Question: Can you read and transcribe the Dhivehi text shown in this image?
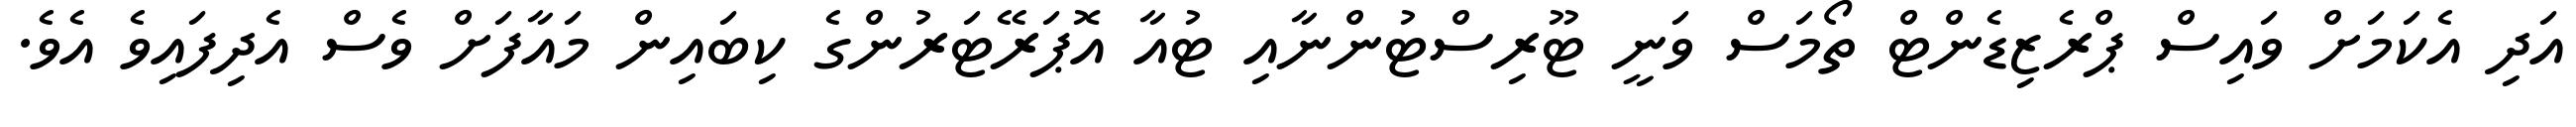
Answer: އަދި އެކަމަށް ވައިސް ޕްރެޒިޑެންޓް ތޯމަސް ވަނީ ޓޫރިސްޓުންނާއި ޓުއާ އޮޕަރޭޓަރުންގެ ކިބައިން މައާފަށް ވެސް އެދިފައިވެ އެވެ.